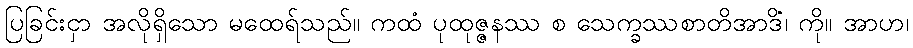
ပြခြင်းငှာ အလိုရှိသော မထေရ်သည်။ ကထံ ပုထုဇ္ဇနဿ စ သေက္ခဿစာတိအာဒိံ၊ ကို။ အာဟ၊